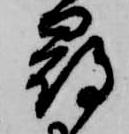
尋